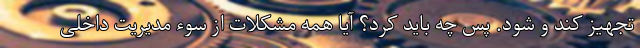
تجهیز کند و شود. پس چه باید کرد؟ آیا همه مشکلات از سوء مدیریت داخلی